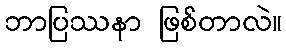
ဘာပြဿနာ ဖြစ်တာလဲ။